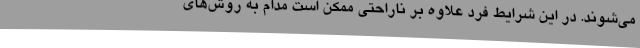
می‌شوند. در این شرایط فرد علاوه‌ بر ناراحتی ممکن است مدام به روش‌های